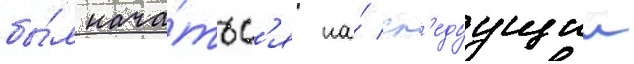
бы́л нача́тьс'я на́ сл'едуущии